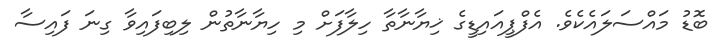
ބޮޑު މައްސަލައެކެވެ. އެފްޕީއައިޑީގެ ޚިޔާނާތާ ހިލާފަށް މި ހިޔާނާތުން ލިބިފައިވާ ގިނަ ފައިސާ